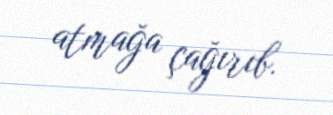
atmağa çağırıb.